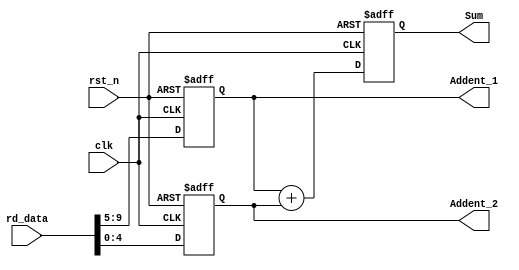
module Adder(rd_data, clk, rst_n, Addent_1, Addent_2, Sum);

	input [15:0] rd_data;
	input        clk;
	input        rst_n;
	output[4:0]  Addent_1, Addent_2;	
	output[5:0]  Sum;
	
	reg	[4:0]  Addent_1_num, Addent_2_num;	
	reg 	[5:0]  Sum_num;
	
	always @(posedge clk or negedge rst_n) 
	begin
			if(!rst_n) 
				begin
					Addent_1_num <= 0;
					Addent_2_num <= 0;
					Sum_num <= 0;
				end
			else 
				begin
					Addent_1_num = rd_data[9:5];
					Addent_2_num = rd_data[4:0];
					Sum_num <= Addent_1 + Addent_2;
				end
   end
	
	assign Addent_1 = Addent_1_num;	
	assign Addent_2 = Addent_2_num;
	assign Sum = Sum_num;
	
endmodule